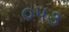
૦૫૩